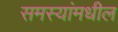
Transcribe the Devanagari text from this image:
समस्यांमधील